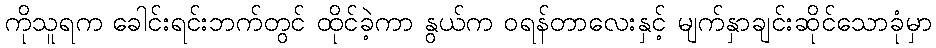
ကိုသူရက ခေါင်းရင်းဘက်တွင် ထိုင်ခဲ့ကာ နွယ်က ဝရန်တာလေးနှင့် မျက်နှာချင်းဆိုင်သောခုံမှာ